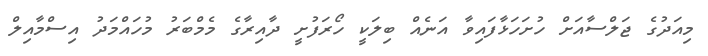
މިއަދުގެ ޖަލްސާއަށް ހުށަހަޅާފައިވާ އަނެއް ބިލަކީ ހޯރަފުށީ ދާއިރާގެ މެމްބަރު މުހައްމަދު އިސްމާއިލް